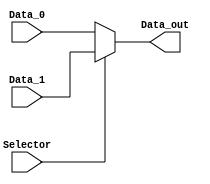
module mux_2x1 (
    input wire [31:0] Data_0,
    input wire [31:0] Data_1,

    input wire Selector,
    output wire [31:0] Data_out
);

assign Data_out = (Selector) ? Data_1 : Data_0;

endmodule